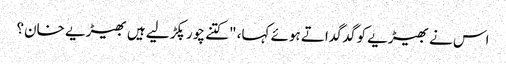
اس نے بھیڑیے کو گدگداتے ہوئے کہا، "کتنے چور پکڑ لیے ہیں بھیڑیے خان؟